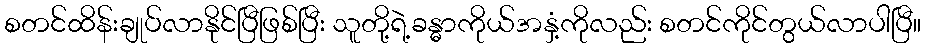
စတင်ထိန်းချုပ်လာနိုင်ပြီဖြစ်ပြီး သူတို့ရဲ့ခန္ဓာကိုယ်အနှံ့ကိုလည်း စတင်ကိုင်တွယ်လာပါပြီ။